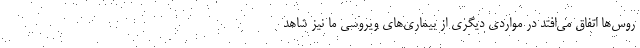
روس‌ها اتفاق می‌افتد در مواردی دیگری از بیماری‌های ویروسی ما نیز شاهد